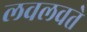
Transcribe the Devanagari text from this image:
लवलवते